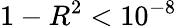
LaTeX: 1-R^{2}<10^{-8}